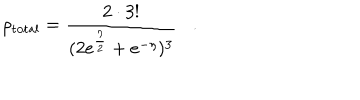
\rho _ { \mathrm { t o t a l } } = \frac { 2 \cdot 3 ! } { ( 2 e ^ { \frac { \eta } { 2 } } + e ^ { - \eta } ) ^ { 3 } } \, \, \, \, \, . \, \, \, \, \,